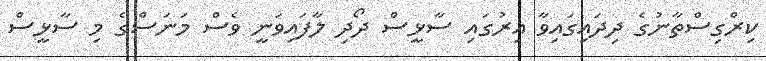
ކިރްގިސްތާނުގެ ދިދައިގައިވާ އިރުގައި ސާޅީސް ދޯދި ލާފައިވަނީ ވެސް މަނަސްގެ މި ސާޅީސް